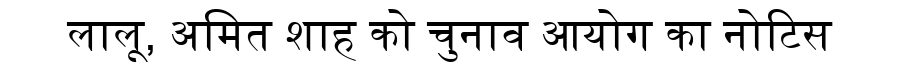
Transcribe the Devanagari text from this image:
लालू, अमित शाह को चुनाव आयोग का नोटिस